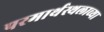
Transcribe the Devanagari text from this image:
परमार्थस्थलाच्या